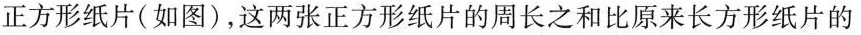
正方形纸片(如图)，这两张正方形纸片的周长之和比原来长方形纸片的